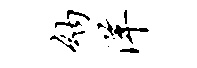
纳洋